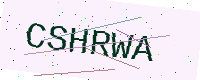
Text: CSHRWA